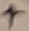
Text: +